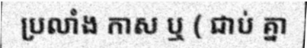
ប្រលាំង កាស ឬ ( ជាប់ គ្នា